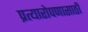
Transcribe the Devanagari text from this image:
प्रत्यारोपणासाठी